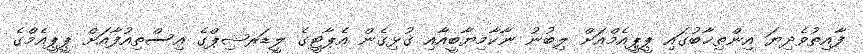
ފާއިތުވެދިޔަ އިންތިޚާބުގައި ޕީޕީއެމްއަށް ލިބުނު ނާކާމިޔާބީއާއި ގުޅިގެން އެޕާޓީގެ ލީޑަރޝިޕްގެ އިސްތިއުފާއަށް ޕީޕީއެމްެގެ